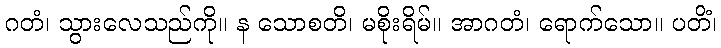
ဂတံ၊ သွားလေသည်ကို။ န သောစတိ၊ မစိုးရိမ်။ အာဂတံ၊ ရောက်သော။ ပတိံ၊